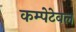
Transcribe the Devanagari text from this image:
कम्पेटेवल